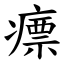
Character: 瘭